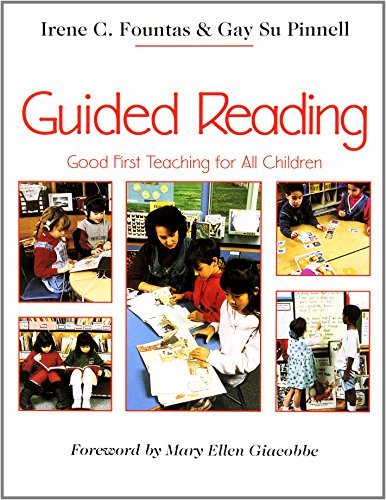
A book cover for Guided Reading: Good First Teaching for All Children; Irene Fountas; Education & Teaching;